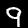
Digit: 9